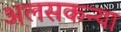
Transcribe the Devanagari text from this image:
अलसकन्या